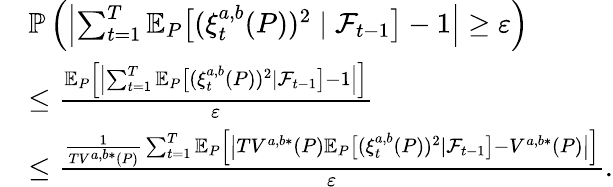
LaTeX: \begin{array}{rl}&{\mathbb{P}\left(\left|\sum_{t=1}^{T}\mathbb{E}_{P}\big[(\xi_{t}^{a,b}(P))^{2}\mid\mathcal{F}_{t-1}\big]-1\right|\geq\varepsilon\right)}\\ &{\leq\frac{\mathbb{E}_{P}\left[\left|\sum_{t=1}^{T}\mathbb{E}_{P}\big[(\xi_{t}^{a,b}(P))^{2}\mid\mathcal{F}_{t-1}\big]-1\right|\right]}{\varepsilon}}\\ &{\leq\frac{\frac{1}{TV^{a,b*}(P)}\sum_{t=1}^{T}\mathbb{E}_{P}\left[\big|TV^{a,b*}(P)\mathbb{E}_{P}\big[(\xi_{t}^{a,b}(P))^{2}\mid\mathcal{F}_{t-1}\big]-V^{a,b*}(P)\big|\right]}{\varepsilon}.}\end{array}